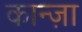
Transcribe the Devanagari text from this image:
कान्ज़ा